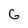
Character: G